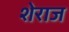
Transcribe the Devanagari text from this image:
शेराज